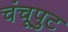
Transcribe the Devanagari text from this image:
चंचूपुट